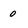
Character: 0